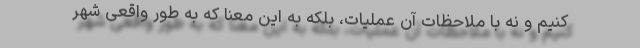
کنیم و نه با ملاحظات آن عملیات، بلکه به این معنا که به طور واقعی شهر